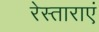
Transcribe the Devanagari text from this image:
रेस्ताराएं